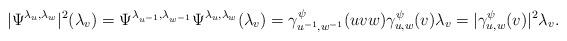
LaTeX: \begin{align*}|\Psi^{\lambda_{u},\lambda_{w}}|^2(\lambda_{v}) &= \Psi^{\lambda_{u^{-1}},\lambda_{w^{-1}}}\Psi^{\lambda_{u},\lambda_{w}}(\lambda_{v}) = \gamma_{u^{-1},w^{-1}}^{\psi}(uvw)\gamma_{u,w}^{\psi}(v)\lambda_{v} = |\gamma_{u,w}^{\psi}(v)|^2\lambda_{v}.\end{align*}